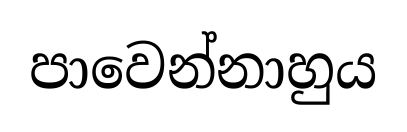
පාවෙන්නාහුය